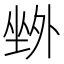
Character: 𡎢